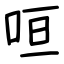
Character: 咺